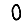
Digit: 0